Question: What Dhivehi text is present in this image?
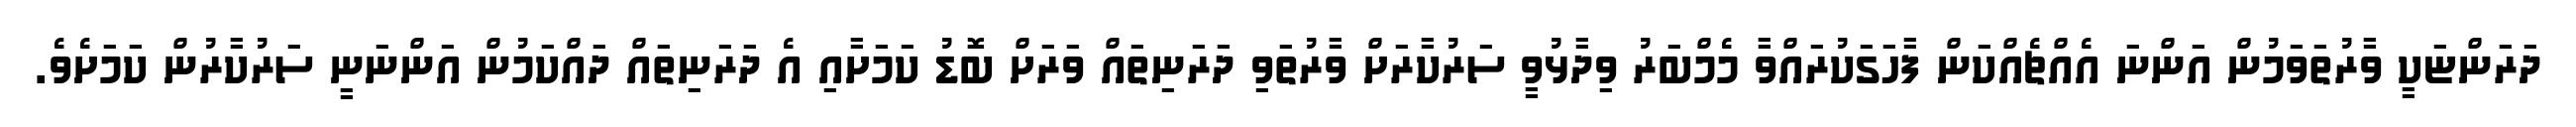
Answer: ދަރަންޏަކީ ވާރުތަވަމުން އަންނަ އެއްޗެއްކަން ފާހަގަކުރައްވާ މެމްބަރު ވިދާޅުވީ ސަރުކާރަށް ވާރުތަވި ދަރަނިތައް ވަރަށް ބޮޑު ކަމަށާއި އެ ދަރަނިތައް ދައްކަމުން އަންނަނީ ސަރުކާރުން ކަމަށެވެ.